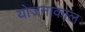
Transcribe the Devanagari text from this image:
योजनाकाल